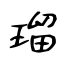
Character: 瑠